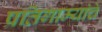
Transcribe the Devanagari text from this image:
प्रतिगाम्यांचे